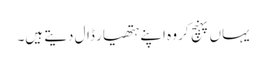
یہاں پہنچ کر وہ اپنے ہتھیار ڈال دیتے ہیں۔